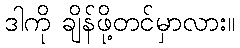
ဒါကို ချိန်ဖို့တင်မှာလား။